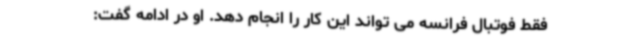
فقط فوتبال فرانسه می تواند این کار را انجام دهد. او در ادامه گفت: